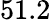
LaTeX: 51.2